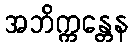
အဘိက္ကန္တေန